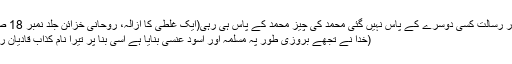
پس نبوت اور رسالت کسی دوسرے کے پاس نہیں گئی محمد کی چیز محمد کے پاس ہی رہی(ایک غلطی کا ازالہ، روحانی خزائن جلد نمبر 18 صفحہ 216)
(خدا نے تجھے بروزی طور پہ مسلمہ اور اسود عنسی بنایا ہے اسی بنا پر تیرا نام کذاب قادیان رکھا گیا ہے۔